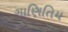
ગાણિતિય